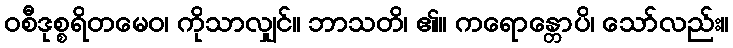
ဝစီဒုစ္စရိတမေဝ၊ ကိုသာလျှင်။ ဘာသတိ၊ ၏။ ကရောန္တောပိ၊ သော်လည်း။